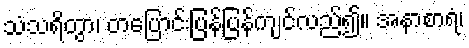
သံသရိတွာ၊ တပြောင်းပြန်ပြန်ကျင်လည်၍။ အနာစာရံ၊